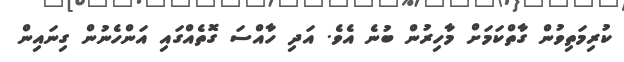
ކުރިމަތިވުން ގާތްކަމަށް މާހިރުން ބުނެ އެވެ. އަދި ހާއްސަ ގޮތެއްގައި އަންހެނުން ގިނައިން